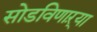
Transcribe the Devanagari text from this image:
सोडविणाऱ्या